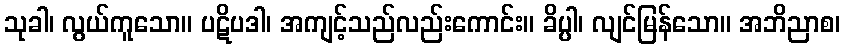
သုခါ၊ လွယ်ကူသော။ ပဋိပဒါ၊ အကျင့်သည်လည်းကောင်း။ ခိပ္ပါ၊ လျင်မြန်သော။ အဘိညာစ၊